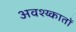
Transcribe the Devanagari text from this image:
अवश्य्कातों